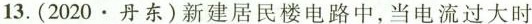
13.(2020·丹东)新建居民楼电路中，当电流过大时